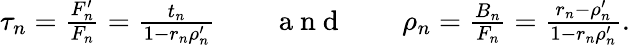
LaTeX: \begin{array}{r}{\tau_{n}=\frac{F_{n}^{\prime}}{F_{n}}=\frac{t_{n}}{1-r_{n}\rho_{n}^{\prime}}\qquad\mathrm{~a~n~d~}\qquad\rho_{n}=\frac{B_{n}}{F_{n}}=\frac{r_{n}-\rho_{n}^{\prime}}{1-r_{n}\rho_{n}^{\prime}}.}\end{array}